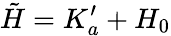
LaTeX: \tilde{H}=K_{a}^{\prime}+H_{0}